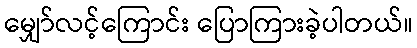
မျှော်လင့်ကြောင်း ပြောကြားခဲ့ပါတယ်။